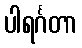
ပါရင်္ဂတာ